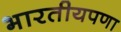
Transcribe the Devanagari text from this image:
भारतीयपणा